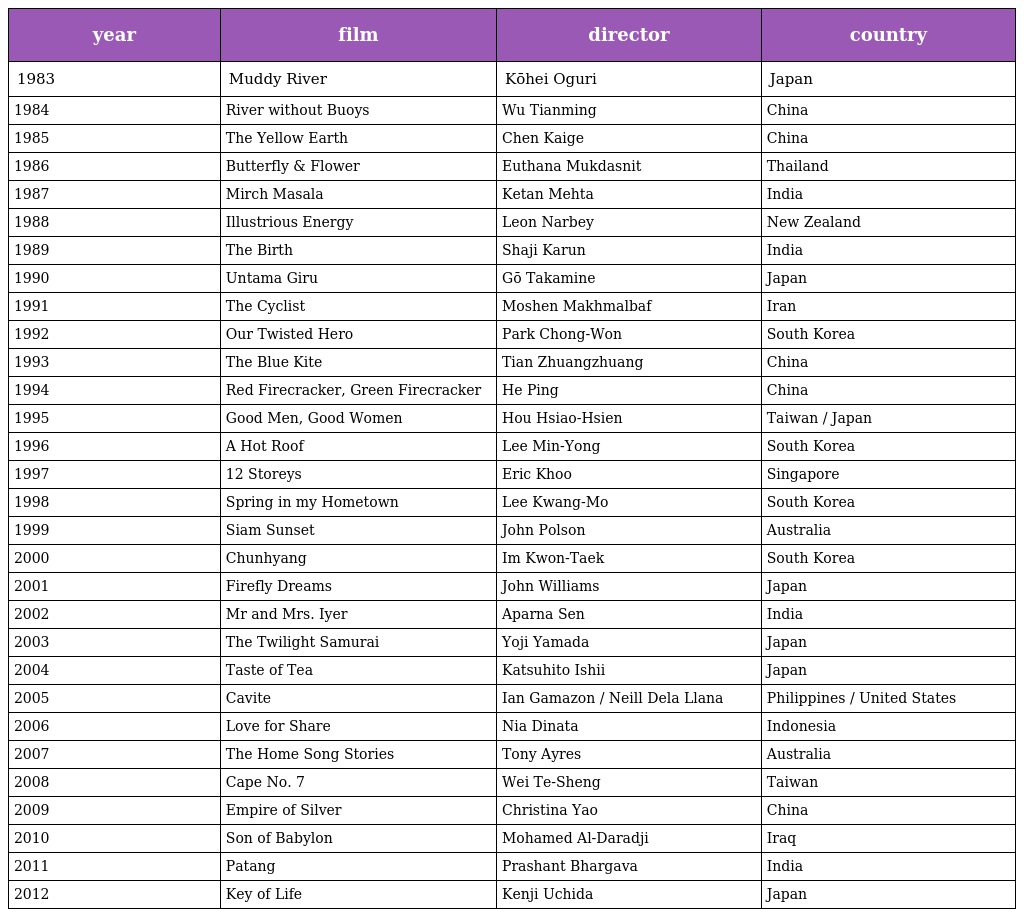
| year | film | director | country |
 | --- | --- | --- | --- |
 | 1983 | Muddy River | Kōhei Oguri | Japan |
 | 1984 | River without Buoys | Wu Tianming | China |
 | 1985 | The Yellow Earth | Chen Kaige | China |
 | 1986 | Butterfly & Flower | Euthana Mukdasnit | Thailand |
 | 1987 | Mirch Masala | Ketan Mehta | India |
 | 1988 | Illustrious Energy | Leon Narbey | New Zealand |
 | 1989 | The Birth | Shaji Karun | India |
 | 1990 | Untama Giru | Gō Takamine | Japan |
 | 1991 | The Cyclist | Moshen Makhmalbaf | Iran |
 | 1992 | Our Twisted Hero | Park Chong-Won | South Korea |
 | 1993 | The Blue Kite | Tian Zhuangzhuang | China |
 | 1994 | Red Firecracker, Green Firecracker | He Ping | China |
 | 1995 | Good Men, Good Women | Hou Hsiao-Hsien | Taiwan / Japan |
 | 1996 | A Hot Roof | Lee Min-Yong | South Korea |
 | 1997 | 12 Storeys | Eric Khoo | Singapore |
 | 1998 | Spring in my Hometown | Lee Kwang-Mo | South Korea |
 | 1999 | Siam Sunset | John Polson | Australia |
 | 2000 | Chunhyang | Im Kwon-Taek | South Korea |
 | 2001 | Firefly Dreams | John Williams | Japan |
 | 2002 | Mr and Mrs. Iyer | Aparna Sen | India |
 | 2003 | The Twilight Samurai | Yoji Yamada | Japan |
 | 2004 | Taste of Tea | Katsuhito Ishii | Japan |
 | 2005 | Cavite | Ian Gamazon / Neill Dela Llana | Philippines / United States |
 | 2006 | Love for Share | Nia Dinata | Indonesia |
 | 2007 | The Home Song Stories | Tony Ayres | Australia |
 | 2008 | Cape No. 7 | Wei Te-Sheng | Taiwan |
 | 2009 | Empire of Silver | Christina Yao | China |
 | 2010 | Son of Babylon | Mohamed Al-Daradji | Iraq |
 | 2011 | Patang | Prashant Bhargava | India |
 | 2012 | Key of Life | Kenji Uchida | Japan |